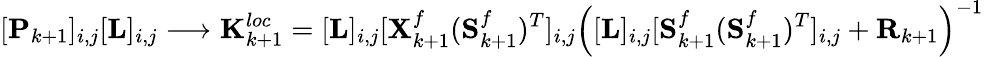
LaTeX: [\mathbf{P}_{k+1}]_{i,j}[\mathbf{L}]_{i,j}\longrightarrow{\mathbf{K}_{k+1}^{loc}=[\mathbf{L}]_{i,j}[\mathbf{X}_{k+1}^{f}(\mathbf{S}_{k+1}^{f})^{T}]_{i,j}\left([\mathbf{L}]_{i,j}[\mathbf{S}_{k+1}^{f}(\mathbf{S}_{k+1}^{f})^{T}]_{i,j}+\mathbf{R}_{k+1}\right)^{-1}}